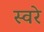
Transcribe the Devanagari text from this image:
स्वरे